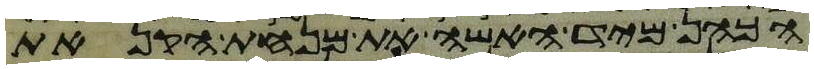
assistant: הכהן מיד האשה את מנחת הקנאת